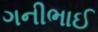
ગનીભાઈ